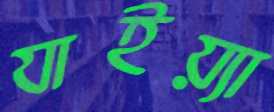
যাইয়্যা